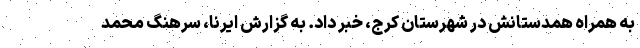
به همراه همدستانش در شهرستان کرج، خبر داد. به گزارش ایرنا، سرهنگ محمد